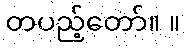
တပည့်တော်။ ။